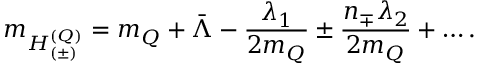
m _ { H _ { ( \pm ) } ^ { ( Q ) } } = m _ { Q } + \bar { \Lambda } - \frac { \lambda _ { 1 } } { 2 m _ { Q } } \pm \frac { n _ { \mp } \lambda _ { 2 } } { 2 m _ { Q } } + \ldots .